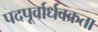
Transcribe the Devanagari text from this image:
पदपूर्वार्धवक्रता